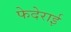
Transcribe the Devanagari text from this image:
फेदेराई